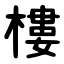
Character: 樓